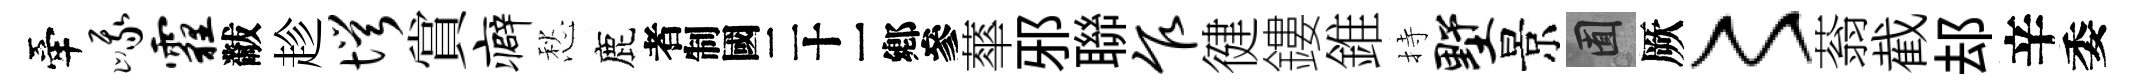
牽峨霾黻趁愕賞癖愁鹿识蕐邪聯乍徤鏤錐持墅景囿厥〻蓊截𨚫辛委